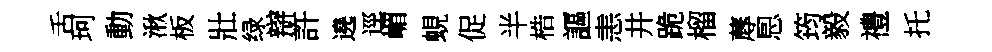
舌珂動湫板壯绿辯許遶逕嵋蜆促半梏謳恚井跪榴蓐㤙筠毅禮托